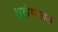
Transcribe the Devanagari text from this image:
श्लेषजन